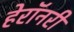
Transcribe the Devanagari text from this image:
हेरॉनरी